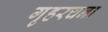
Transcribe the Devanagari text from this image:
गृहरचना